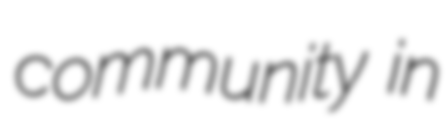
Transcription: community in